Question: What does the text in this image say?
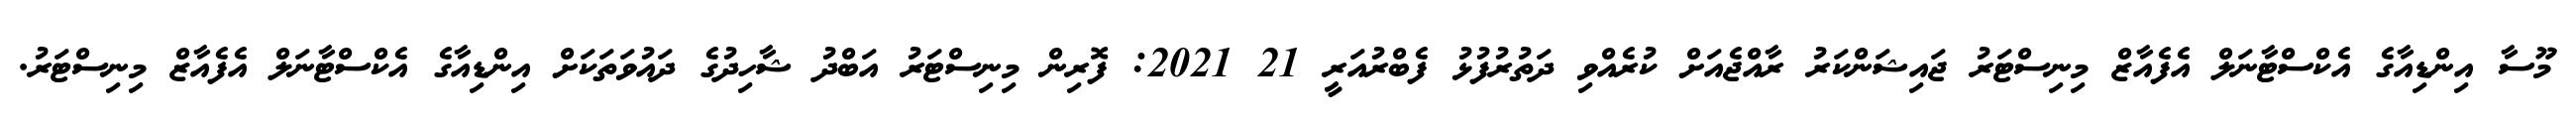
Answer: މޫސާ އިންޑިއާގެ އެކްސްޓާނަލް އެފެއާޒް މިނިސްޓަރު ޖައިޝަންކަރު ރާއްޖެއަށް ކުރެއްވި ދަތުރުފުޅު ފެބްރުއަރީ 21 2021: ފޮރިން މިނިސްޓަރު އަބްދު ޝާހިދުގެ ދައުވަތަކަށް އިންޑިއާގެ އެކްސްޓާނަލް އެފެއާޒް މިނިސްޓަރު.